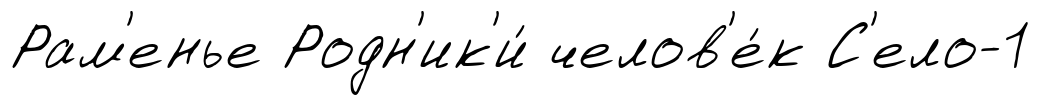
Рам'енье Родн'ик'и́ челов'е́к С'ело-1